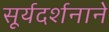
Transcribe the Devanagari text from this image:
सूर्यदर्शनानें